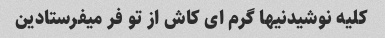
کلیه نوشیدنیها گرم ای کاش از تو فر میفرستادین